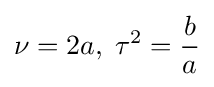
\nu =2a,\;\tau ^{2}={\frac {b}{a}}